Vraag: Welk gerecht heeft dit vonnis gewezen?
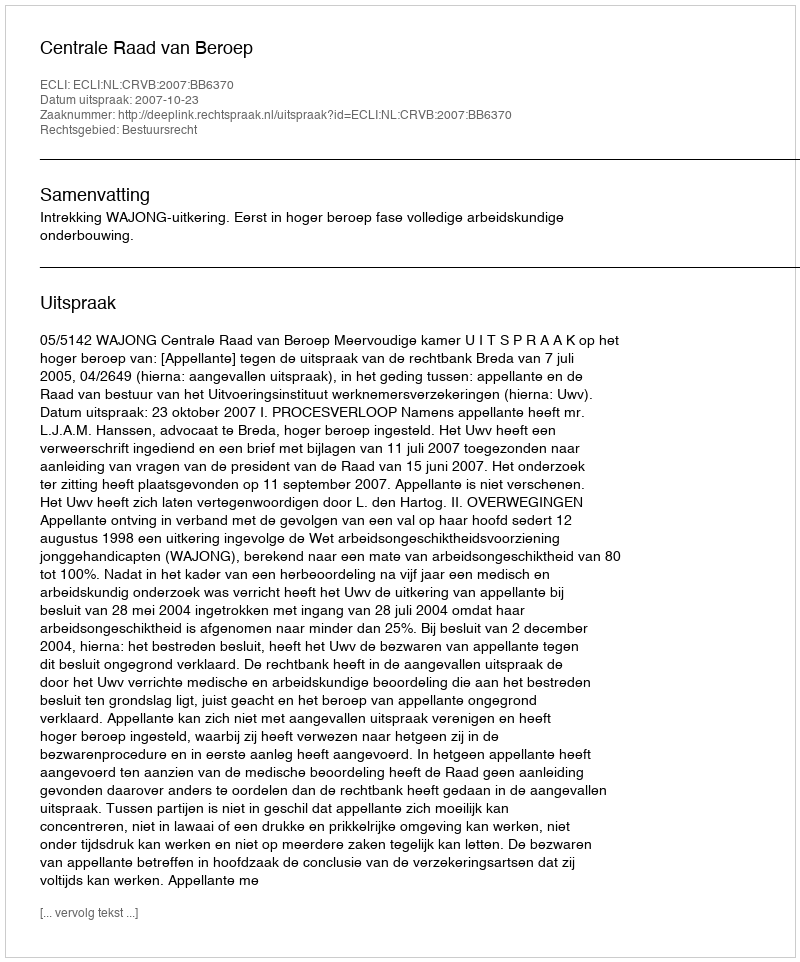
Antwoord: Centrale Raad van Beroep